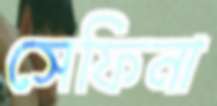
সেফিনা